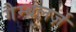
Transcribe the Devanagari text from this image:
गैम्बलर्ज़